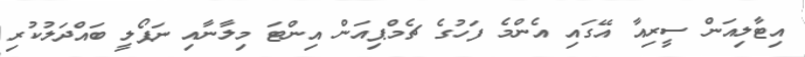
އިޓާލިއަން ސީރިއާ އޭގައި އެންމެ ފަހުގެ ޗެމްޕިއަން އިންޓަ މިލާނާއި ނަޕޯލީ ބައްދަލުކުރި